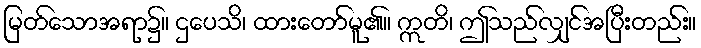
မြတ်သောအရာ၌။ ဌပေသိ၊ ထားတော်မူ၏။ ဣတိ၊ ဤသည်လျှင်အပြီးတည်း။